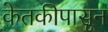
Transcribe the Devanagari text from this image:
केतकीपासून